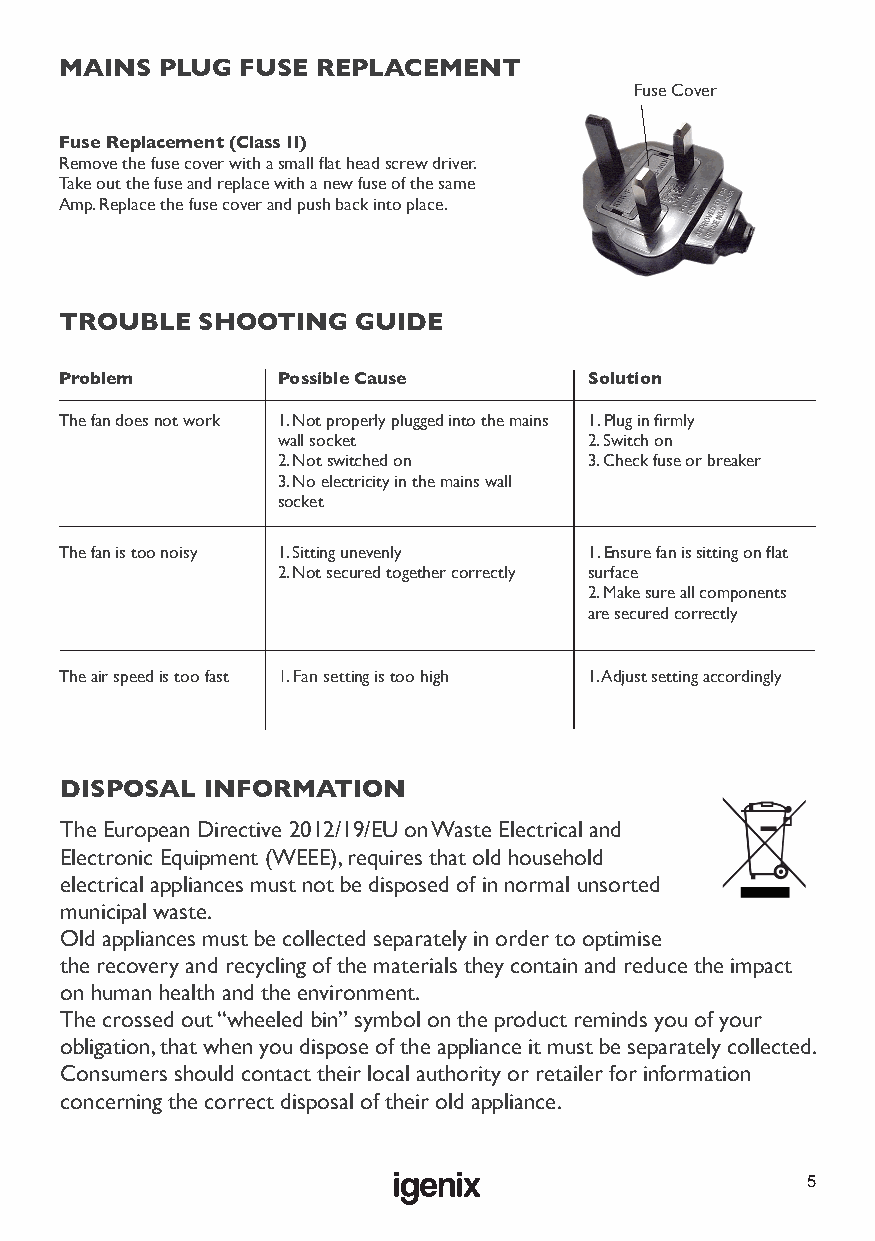
MAINS PLUG  FUSE REPLACEMENT
 Fuse Cover
 Fuse Replacement (Class II)
 Remove the fuse cover with a small flat head screw driver.
 Take out the fuse and replace with a new fuse of the same
 Amp. Replace the fuse cover and push back into place.
 TROUBLE  SHOOTING   GUIDE
 Problem       Possible Cause       Solution
 The fan does not work 1. Not properly plugged into the mains 1. Plug in firmly
 wall socket          2. Switch on
 2. Not switched on   3. Check fuse or breaker
 3. No electricity in the mains wall
 socket
 The fan is too noisy 1. Sitting unevenly 1. Ensure fan is sitting on flat
 2. Not secured together correctly surface
 2. Make sure all components
 are secured correctly
 The air speed is too fast 1. Fan setting is too high 1. Adjust setting accordingly
 DISPOSAL INFORMATION
 The European Directive 2012/19/EU on Waste Electrical and
 Electronic Equipment (WEEE), requires that old household
 electrical appliances must not be disposed of in normal unsorted
 municipal waste.
 Old appliances must be collected separately in order to optimise
 the recovery and recycling of the materials they contain and reduce the impact
 on human health and the environment.
 The crossed out “wheeled bin” symbol on the product reminds you of your
 obligation, that when you dispose of the appliance it must be separately collected.
 Consumers should contact their local authority or retailer for information
 concerning the correct disposal of their old appliance.
 5